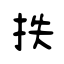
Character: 抶